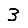
Digit: 3